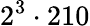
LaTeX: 2^{3}\cdot 210